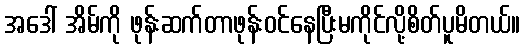
အဒေါ် အိမ်ကို ဖုန်းဆက်တာဖုန်းဝင်နေပြီးမကိုင်လို့စိတ်ပူမိတယ်။